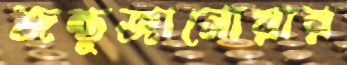
জন্তুজানোয়ার